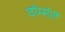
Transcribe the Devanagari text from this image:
वॉर्म्सले